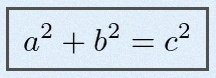
a^2+b^2=c^2